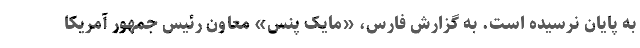
به پایان نرسیده است. به گزارش فارس، «مایک پنس» معاون رئیس جمهور آمریکا